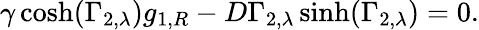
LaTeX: \gamma\cosh(\Gamma_{2,\lambda})g_{1,R}-D\Gamma_{2,\lambda}\sinh(\Gamma_{2,\lambda})=0.